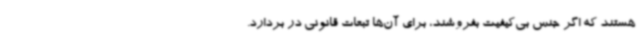
هستند که اگر جنس بی‌کیفیت بفروشند، برای آن‌ها تبعات قانونی در بردارد.